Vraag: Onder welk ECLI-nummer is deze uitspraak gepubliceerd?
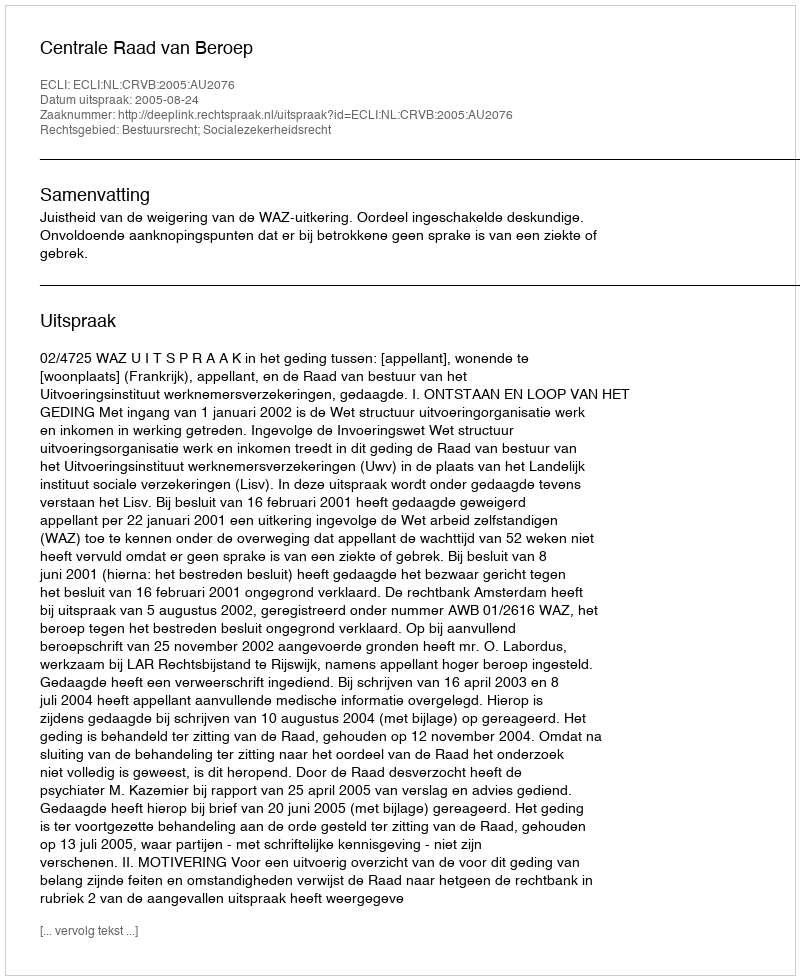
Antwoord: ECLI:NL:CRVB:2005:AU2076